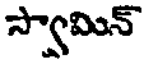
స్వామిన్